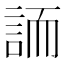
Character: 䛔